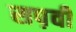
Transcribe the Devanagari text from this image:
सप़वी